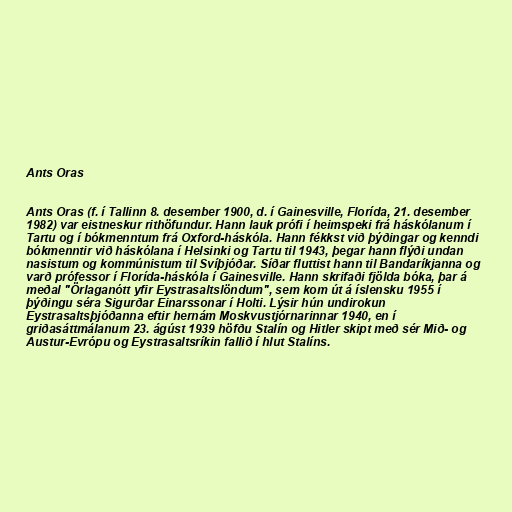
Ants Oras

Ants Oras (f. í Tallinn 8. desember 1900, d. í Gainesville, Florída, 21. desember
1982) var eistneskur rithöfundur. Hann lauk prófi í heimspeki frá háskólanum í
Tartu og í bókmenntum frá Oxford-háskóla. Hann fékkst við þýðingar og kenndi
bókmenntir við háskólana í Helsinki og Tartu til 1943, þegar hann flýði undan
nasistum og kommúnistum til Svíþjóðar. Síðar fluttist hann til Bandaríkjanna og
varð prófessor í Florída-háskóla í Gainesville. Hann skrifaði fjölda bóka, þar á
meðal "Örlaganótt yfir Eystrasaltslöndum", sem kom út á íslensku 1955 í
þýðingu séra Sigurðar Einarssonar í Holti. Lýsir hún undirokun
Eystrasaltsþjóðanna eftir hernám Moskvustjórnarinnar 1940, en í
griðasáttmálanum 23. ágúst 1939 höfðu Stalín og Hitler skipt með sér Mið- og
Austur-Evrópu og Eystrasaltsríkin fallið í hlut Stalíns.